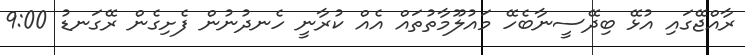
ރާއްޖޭގައި އުޅޭ ބިދޭސީނާބެހޭ މައުލޫމާތުތައް އެއް ކުރާނީ ހެނދުނުން ފެށިގެން ރޭގަނޑު 9:00